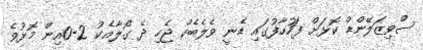
ސްވިޒަލޭންޑް ކޮޅަށް ފަހުހާފުގައި ޑެނީ ވެލެބެކް ޖެހި ދެ ގޯލާއެކު 2-0އިން މޮޅުވެ